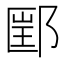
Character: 𰻲